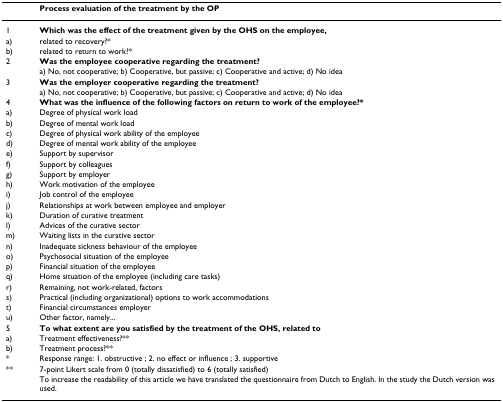
<table><thead><tr><td></td><td><b>Process evaluation of the treatment by the OP</b></td></tr></thead><tbody><tr><td>1</td><td><b>Which was the effect of the treatment given by the OHS on the employee,</b></td></tr><tr><td>a)</td><td>related to recovery?*</td></tr><tr><td>b)</td><td>related to return to work?*</td></tr><tr><td>2</td><td><b>Was the employee cooperative regarding the treatment?</b></td></tr><tr><td></td><td>a) No, not cooperative; b) Cooperative, but passive; c) Cooperative and active; d) No idea</td></tr><tr><td>3</td><td><b>Was the employer cooperative regarding the treatment?</b></td></tr><tr><td></td><td>a) No, not cooperative; b) Cooperative, but passive; c) Cooperative and active; d) No idea</td></tr><tr><td>4</td><td><b>What was the influence of the following factors on return to work of the employee?*</b></td></tr><tr><td>a)</td><td>Degree of physical work load</td></tr><tr><td>b)</td><td>Degree of mental work load</td></tr><tr><td>c)</td><td>Degree of physical work ability of the employee</td></tr><tr><td>d)</td><td>Degree of mental work ability of the employee</td></tr><tr><td>e)</td><td>Support by supervisor</td></tr><tr><td>f)</td><td>Support by colleagues</td></tr><tr><td>g)</td><td>Support by employer</td></tr><tr><td>h)</td><td>Work motivation of the employee</td></tr><tr><td>i)</td><td>Job control of the employee</td></tr><tr><td>j)</td><td>Relationships at work between employee and employer</td></tr><tr><td>k)</td><td>Duration of curative treatment</td></tr><tr><td>l)</td><td>Advices of the curative sector</td></tr><tr><td>m)</td><td>Waiting lists in the curative sector</td></tr><tr><td>n)</td><td>Inadequate sickness behaviour of the employee</td></tr><tr><td>o)</td><td>Psychosocial situation of the employee</td></tr><tr><td>p)</td><td>Financial situation of the employee</td></tr><tr><td>q)</td><td>Home situation of the employee (including care tasks)</td></tr><tr><td>r)</td><td>Remaining, not work-related, factors</td></tr><tr><td>s)</td><td>Practical (including organizational) options to work accommodations</td></tr><tr><td>t)</td><td>Financial circumstances employer</td></tr><tr><td>u)</td><td>Other factor, namely...</td></tr><tr><td>5</td><td><b>To what extent are you satisfied by the treatment of the OHS, related to</b></td></tr><tr><td>a)</td><td>Treatment effectiveness?**</td></tr><tr><td>b)</td><td>Treatment process?**</td></tr><tr><td>*</td><td>Response range: 1. obstructive ; 2. no effect or influence ; 3. supportive</td></tr><tr><td>**</td><td>7-point Likert scale from 0 (totally dissatisfied) to 6 (totally satisfied)</td></tr><tr><td></td><td>To increase the readability of this article we have translated the questionnaire from Dutch to English. In the study the Dutch version was used.</td></tr></tbody></table>